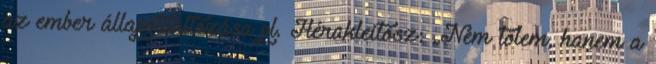
az ember állapotváltozása pl. Hérakleitosz: „Nem tőlem, hanem a